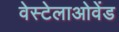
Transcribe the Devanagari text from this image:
वेस्टेलाओवेंड